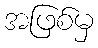
အဖြစ်မှ